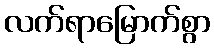
လက်ရာမြောက်စွာ